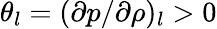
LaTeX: {\theta_{l}}={(\partial p/\partial\rho)_{l}}>0